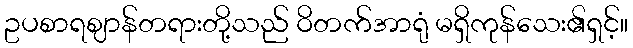
ဥပစာရဈာန်တရားတို့သည် ဝိတက်အာရုံ မရှိကုန်သေး၏ရှင့်။